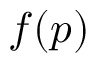
f ( \boldsymbol p )